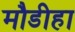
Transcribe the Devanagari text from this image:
मौडीहा